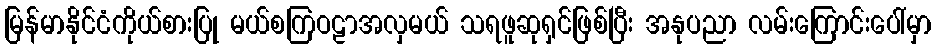
မြန်မာနိုင်ငံကိုယ်စားပြု မယ်စကြဝဠာအလှမယ် သရဖူဆုရှင်ဖြစ်ပြီး အနုပညာ လမ်းကြောင်းပေါ်မှာ